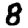
Digit: 8